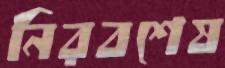
নিরবশেষ